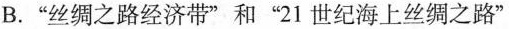
B.”丝绸之路经济带”和”21世纪海上丝绸之路”